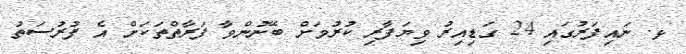
ޅ. ނައިފަރުގައި 24 ގަޑިއިރު ވިޔަފާރި ކުރުމަށް ބޭނުންވާ ފަރާތްތަކަށް އެ ފުރުސަތު